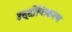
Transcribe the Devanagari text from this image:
उद्दीप्तिकरण